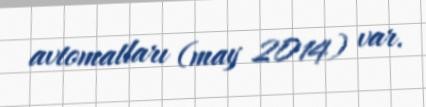
avtomatları (may 2014) var.